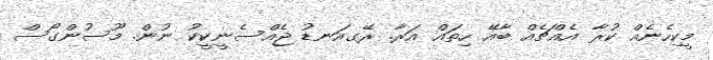
މީކިހެނެއް ކުރާ އެއްޗެއް ބާއޭ ހިތައް އަރާ. ރޭގއަނޑު ޖެއްސެނީކީކު ނުން. މޫސުންގޯސް